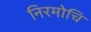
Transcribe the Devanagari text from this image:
निरमोचि